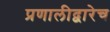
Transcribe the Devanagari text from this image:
प्रणालीद्वारेच